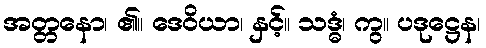
အတ္တနော၊ ၏။ ဒေဝိယာ၊ နှင့်။ သဒ္ဓံ၊ ကွ။ ပဒုဋ္ဌေန၊